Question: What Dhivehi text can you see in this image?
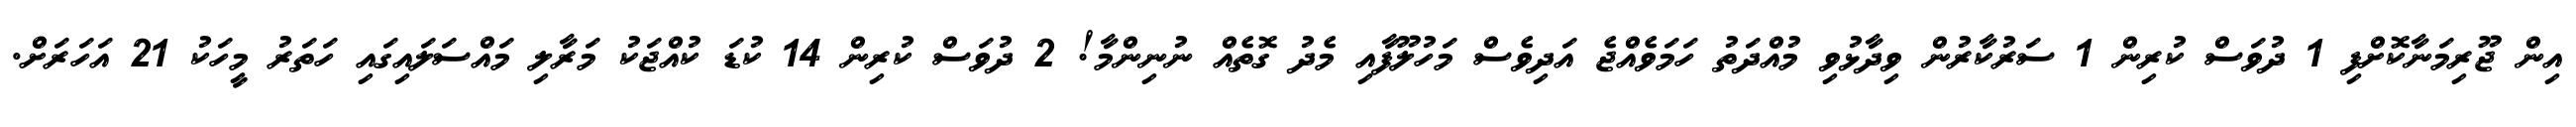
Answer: އިން ޖޫރިމަނާކޮށްފި 1 ދުވަސް ކުރިން 1 ސަރުކާރުން ވިދާޅުވި މުއްދަތު ހަމަވެއްޖެ އަދިވެސް މަހުލޫފާއި މެދު ގޮތެއް ނުނިންމާ! 2 ދުވަސް ކުރިން 14 ކުޑަ ކުއްޖަކު މަރާލި މައްސަލައިގައި ހަތަރު މީހަކު 21 އަހަރަށް.